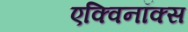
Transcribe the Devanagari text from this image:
एक्विनॉक्स